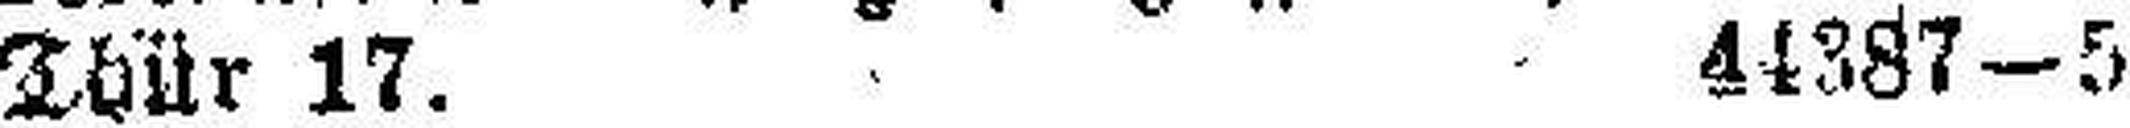
Thür 17. 44387—5